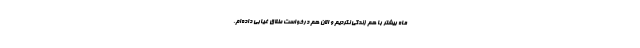
ماه بیشتر با هم زندگی نکردیم و الان هم درخواست طلاق غیابی داده‌ام.